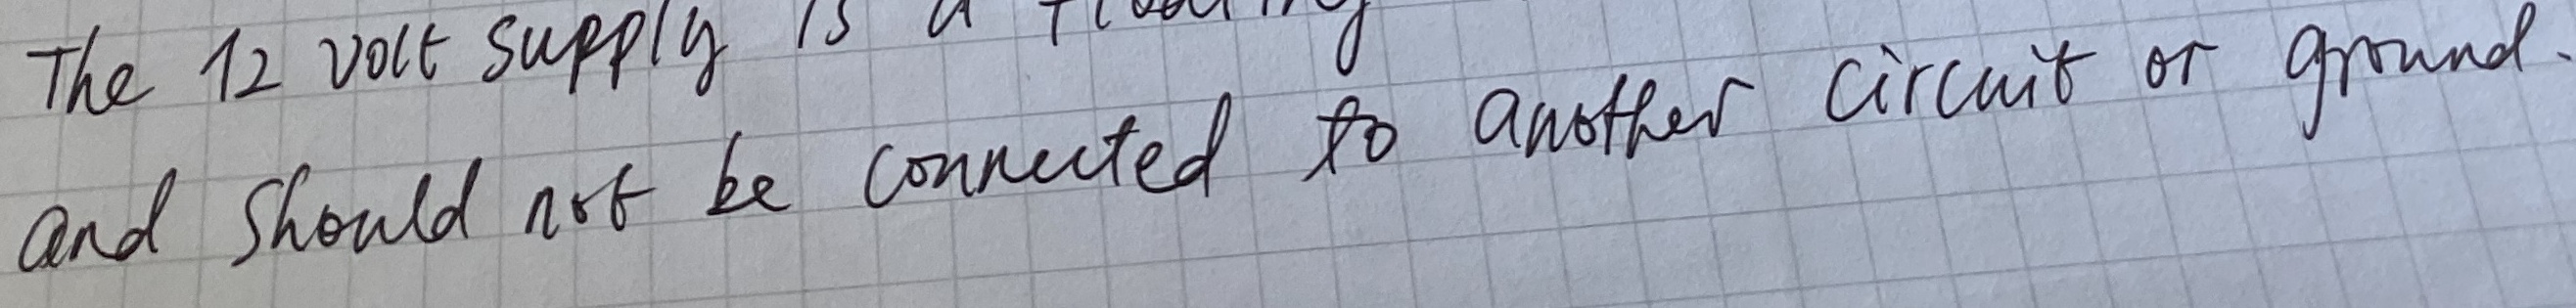
Text: and should not be connected to another circuit or ground